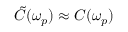
\tilde { C } ( \omega _ { p } ) \approx C ( \omega _ { p } )